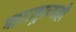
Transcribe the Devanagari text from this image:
महाराष्ट्राच्याही